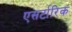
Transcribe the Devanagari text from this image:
एसर्टारिक